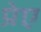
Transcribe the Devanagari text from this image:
प्रेए